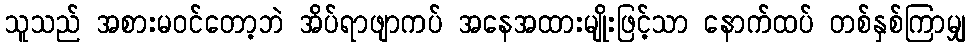
သူသည် အစားမဝင်တော့ဘဲ အိပ်ရာဖျာကပ် အနေအထားမျိုးဖြင့်သာ နောက်ထပ် တစ်နှစ်ကြာမျှ